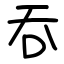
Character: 吞